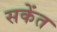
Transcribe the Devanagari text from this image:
सकेंत